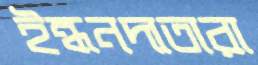
ইন্ধনদাতারা